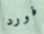
فورد